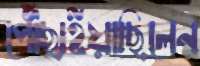
পৌঁছাইয়াছিলেন